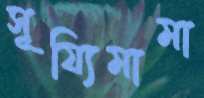
সূয্যিমামা